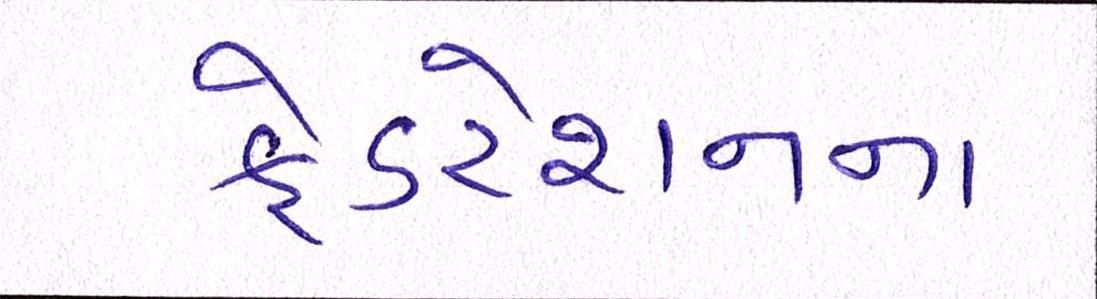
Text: ફેડરેશનના